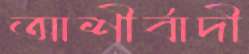
আশীর্বাদী